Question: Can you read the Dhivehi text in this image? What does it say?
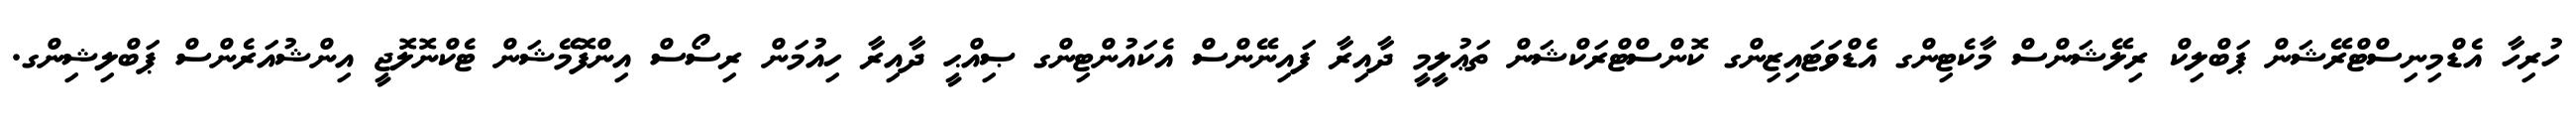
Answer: ހުރިހާ އެޑްމިނިސްޓްރޭޝަން ޕަބްލިކް ރިލޭޝަންސް މާކެޓިންގ އެޑްވަޓައިޒިންގ ކޮންސްޓްރަކްޝަން ތަޢުލީމީ ދާއިރާ ފައިނޭންސް އެކައުންޓިންގ ޞިއްޙީ ދާއިރާ ހިއުމަން ރިސޯސް އިންފޮމޭޝަން ޓެކްނޮލޮޖީ އިންޝުއަރެންސް ޕަބްލިޝިންގ.